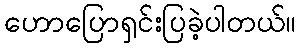
ဟောပြောရှင်းပြခဲ့ပါတယ်။